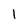
Character: 1